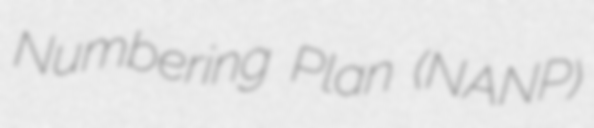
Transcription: Numbering Plan (NANP)